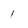
Character: 1